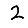
Digit: 2